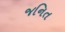
જનિત